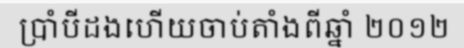
ប្រាំបីដងហើយចាប់តាំងពីឆ្នាំ ២០១២